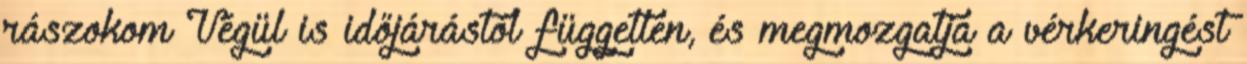
rászokom Végül is időjárástól független, és megmozgatja a vérkeringést